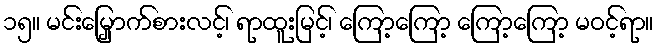
၁၅။ မင်းမြှောက်စားလင့်၊ ရာထူးမြင့်၊ ကြော့ကြော့ ကြော့ကြော့ မဝင့်ရာ။